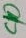
Text: C10